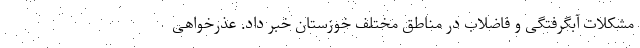
مشکلات آبگرفتگی و فاضلاب در مناطق مختلف خوزستان خبر داد. عذرخواهی